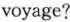
voyage?